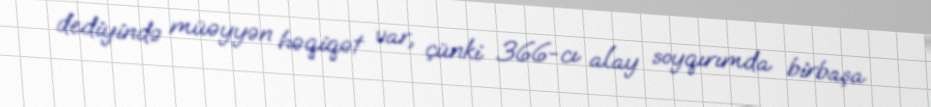
dediyində müəyyən həqiqət var, çünki 366-cı alay soyqırımda birbaşa